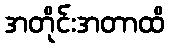
အတိုင်းအတာထိ